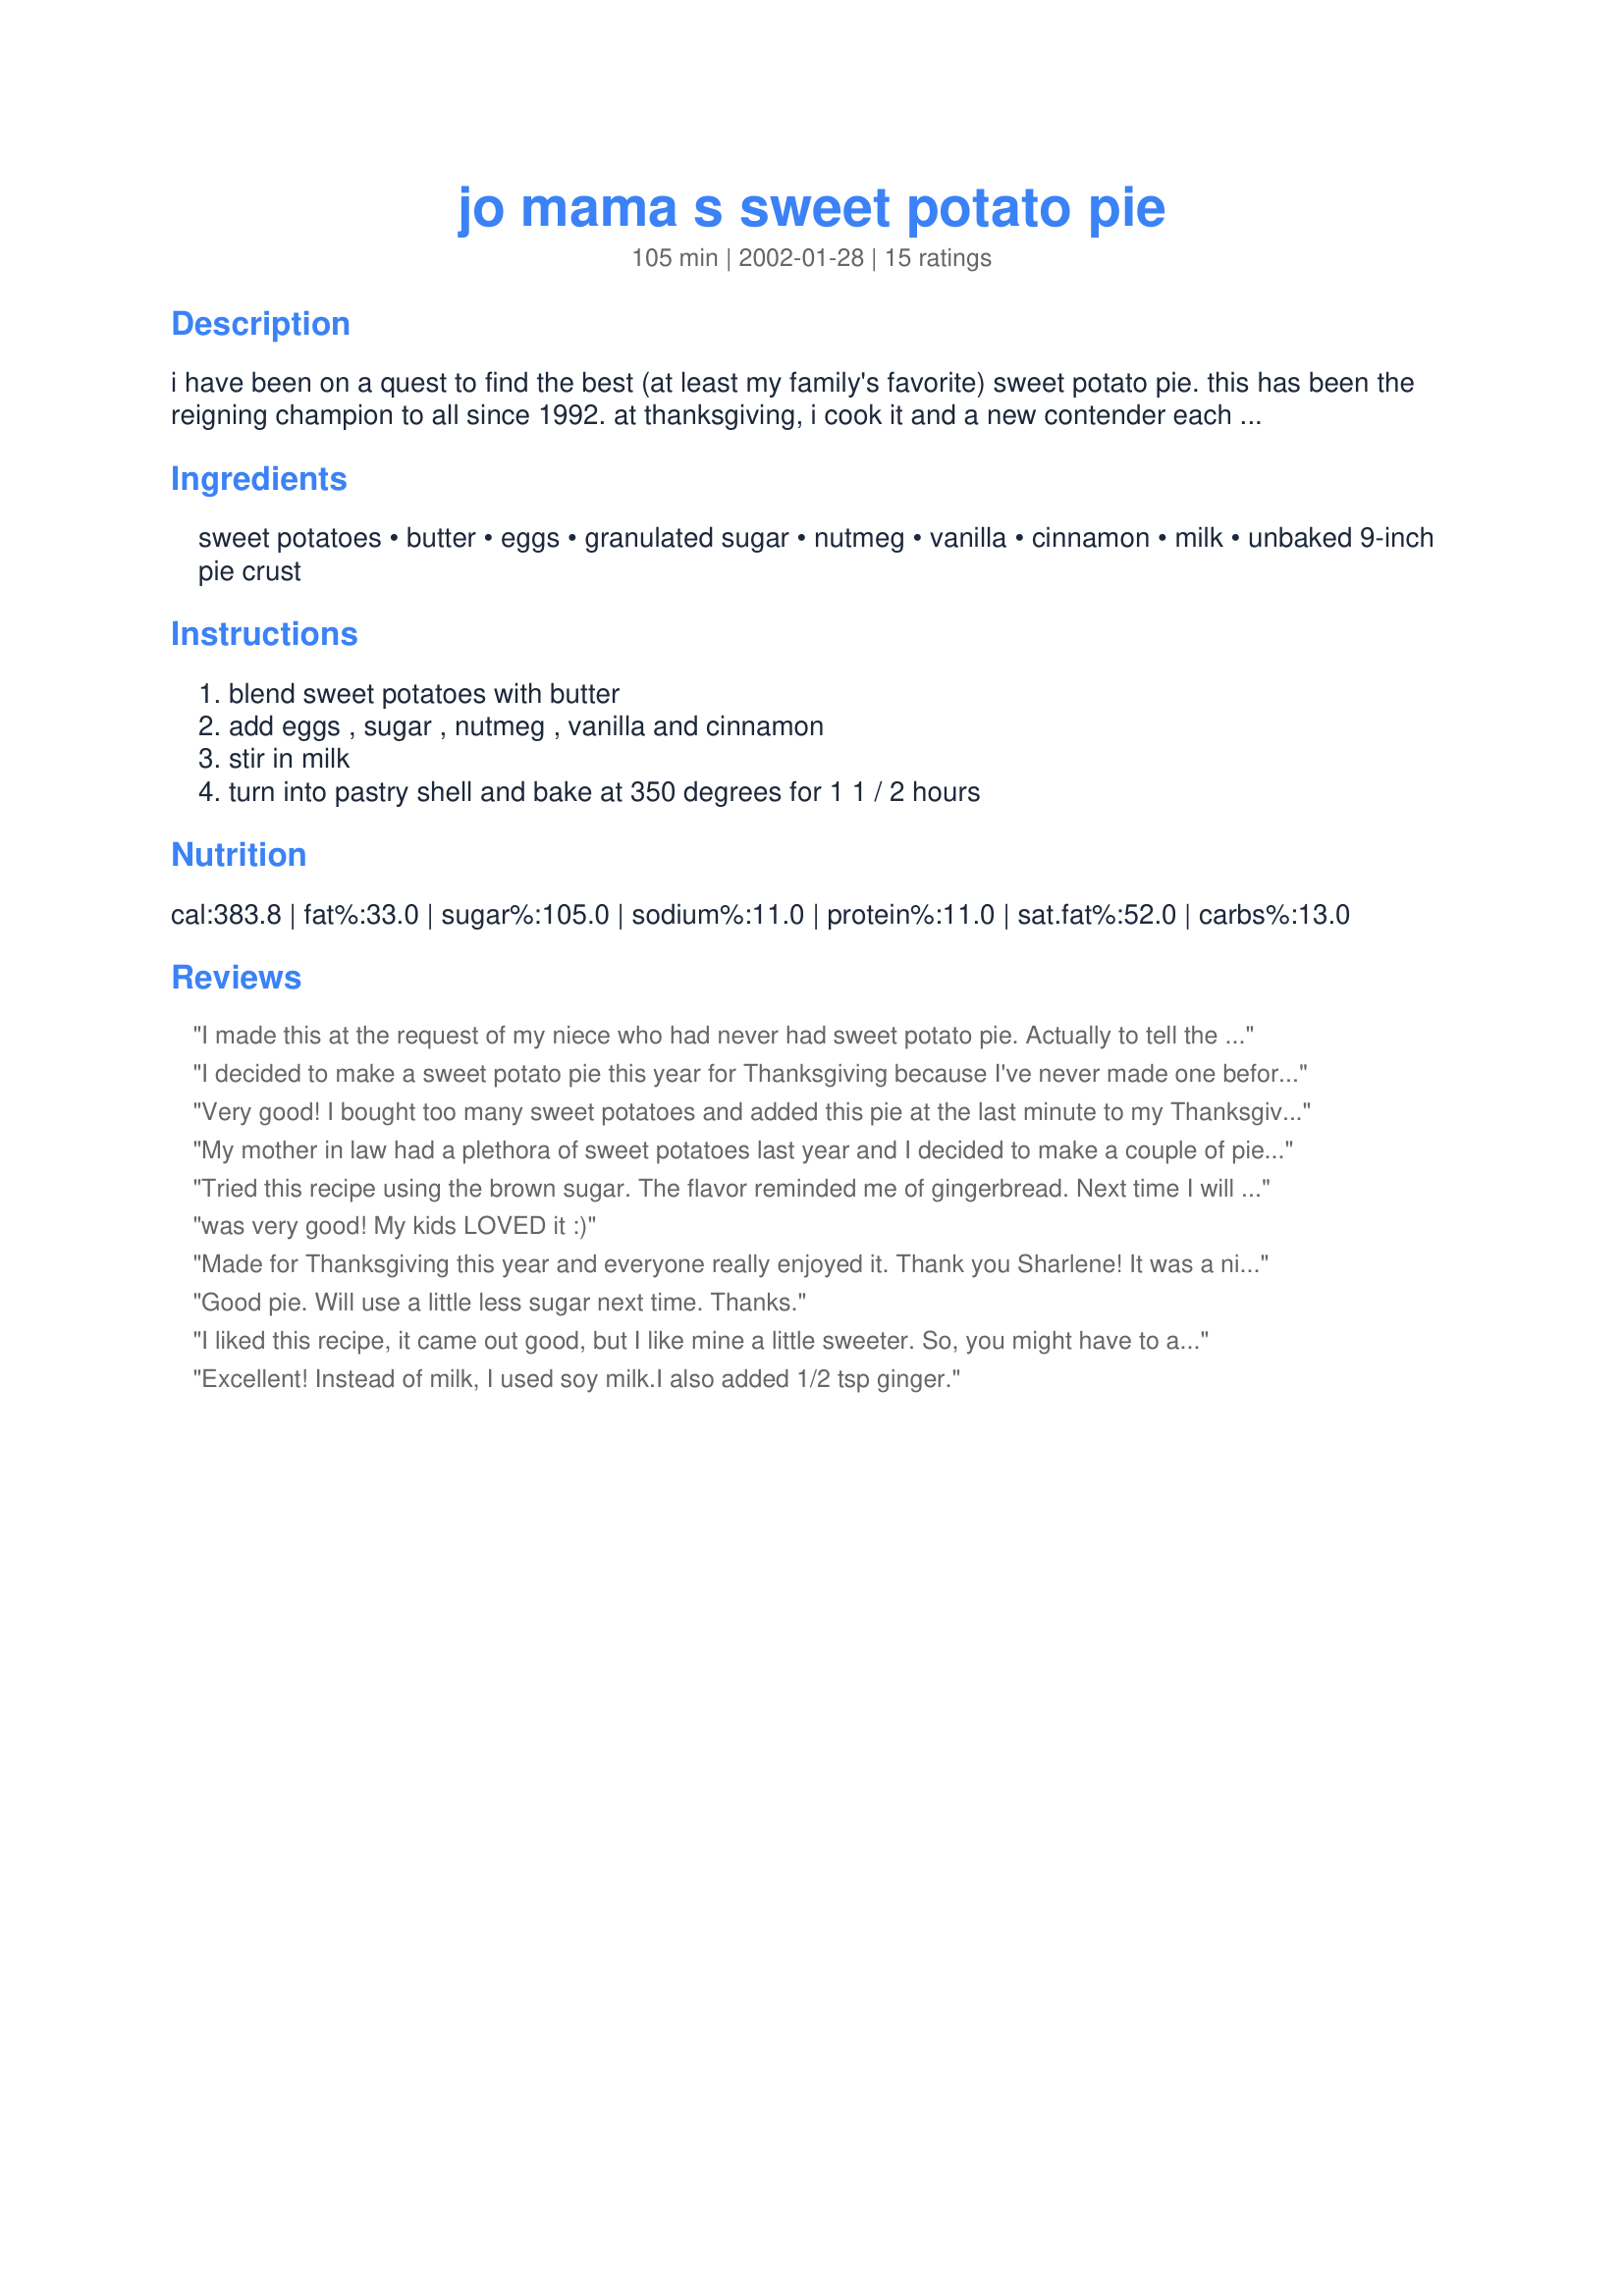
jo mama s sweet potato pie
Preparation time: 105 minutes

i have been on a quest to find the best (at least my family's favorite) sweet potato pie. this has been the reigning champion to all since 1992. at thanksgiving, i cook it and a new contender each year. i am adding strong contenders to my cookbook as well.

Ingredients:
sweet potatoes, butter, eggs, granulated sugar, nutmeg, vanilla, cinnamon, milk, unbaked 9-inch pie crust

Steps:
blend sweet potatoes with butter, add eggs , sugar , nutmeg , vanilla and cinnamon, stir in milk, turn into pastry shell and bake at 350 degrees for 1 1 / 2 hours

Reviews:
I made this at the request of my niece who had never had sweet potato pie. Actually to tell the truth neither had I. So when I read this recipe it sounded like to one to try. We really enjoyed it! I can't compare it to any other of course but if I could I am sure this one would beat it hands down. I wasn't really sure if I was supposed to use fresh or canned potatoes so I chose canned for the simplicity. I just boile them till they were soft and then mashed/whipped them with a hand mixer. I have to say though when I poured it in my deep dish pie crust I had to much filling and had to throw out about 3/4 cup of it. It baked up very nice and I will so be making this again! Thanks for the great recipe!
I decided to make a sweet potato pie this year for Thanksgiving because I've never made one before. This was delicious! Simple to make, a lovely texture and very tasty. The only change I will make next time is to reduce the sugar. It was a bit sweet for me, but my husband thought it was perfect. Thank you!
Very good! I bought too many sweet potatoes and added this pie at the last minute to my Thanksgiving menu. Easy and delicious! Steamed the sweet potatoes cause I didn't have time to bake them. Used brown sugar and, since I am not a big nutmeg fan, adjusted the spices somewhat, using 1/2 t nutmeg and 1/2 t cinnamon. Took Bullwinkle's suggestion and served with recipe #65755. I think I'll have a piece for breakfast tomorrow! Thanks for sharing your recipe!
My mother in law had a plethora of sweet potatoes last year and I decided to make a couple of pies with them (which I had never had before)----the pie was delicious! I took one to work and it was gone in about 30 minutes! I will definitely make this pie again! The consistency and texture is a lot better than pumpkin pie, yet just as sweet and spicy!
Tried this recipe using the brown sugar. The flavor reminded me of gingerbread. Next time I will use granulated sugar. Topped it with maple whipped cream <a href="/65755">Maple Whipped Cream</a>
was very good! My kids LOVED it :)
Made for Thanksgiving this year and everyone really enjoyed it. Thank you Sharlene! It was a nice change from Pumpkin Pie. Arlene
Good pie. Will use a little less sugar next time.
Thanks.
I liked this recipe, it came out good, but I like mine a little sweeter. So, you might have to adjust sugar to taste. It was a very pretty pie.
Excellent! Instead of milk, I used soy milk.<br/>I also added 1/2 tsp ginger.
This is my favorite Sweet Potato Pie recipe of all the different recipes we've tried over the years. I made this for a company pot luck and brought in 2 pies. Even the people who swear they don't like sweet potato enjoyed it.
I am not really a texture person but the texture of this pie was just not right to me. I would not make it again. To many eggs.
I decided to make a couple of sweet potato piew for Thanksgiving and this is one of them. This one was the one that most of our guests liked best. We thought it could use a little more sweet and a little less nutmeg, but it was a good pie.
I made this pie for Christmas this season because pumpkins, canned and fresh, were scarce at Christmastime. Well, I may never make another pumpkin pie again!

The only deviations I made were to use about 3/4 tsp of nutmeg, and about 1/2 tsp each of cinnamon and ginger.

Wow, this was so good. Very creamy, flavorful. My family loved it.

Definitely a keeper! Thanks for the recipe, Sharlene!
I made this up for Thanksgiving dessert table this year. This pie was eaten way before the pumpkin pies, and everyone raved about it. Thank you for a wonderfully delicious pie recipe. Will post picture as soon as my puter is fixed to read the camera disc.
